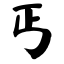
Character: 丐